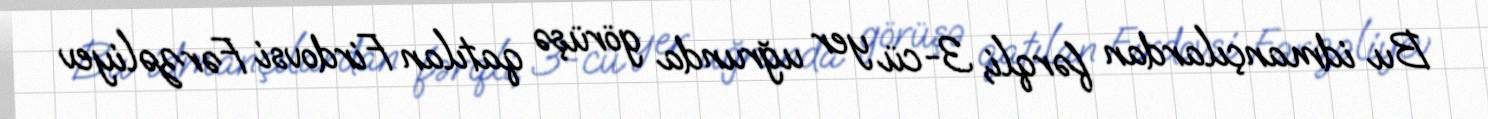
Bu idmançılardan fərqli, 3-cü yer uğrunda görüşə qatılan Firdovsi Fərzəliyev